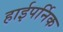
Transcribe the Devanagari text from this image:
हाईपर्निक